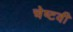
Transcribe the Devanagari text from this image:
चेष्टवी